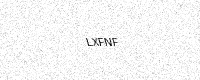
Text: LXFNF